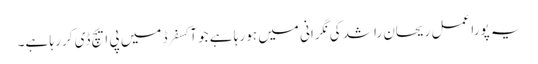
یہ پورا عمل ریحان راشد کی نگرانی میں ہو رہا ہے جو آکسفرڈ میں پی ایچ ڈی کر رہا ہے۔